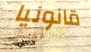
قانونيا